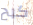
كبح